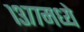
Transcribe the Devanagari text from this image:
१३७७मध्ये